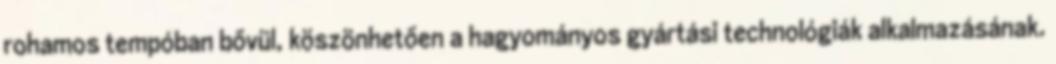
rohamos tempóban bővül, köszönhetően a hagyományos gyártási technológiák alkalmazásának.